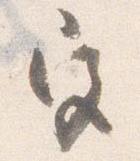
宮